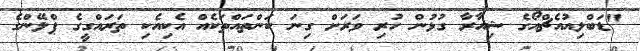
"ޑަބްލިއުއެޗްއޯގެ ޝިއާރާ ގުޅުން ހުރި ވަރަށް ގިނަ ކަންތައްތަކެއް އެކިއެކި ތަރައްގީގެ ޕްލޭންގެ